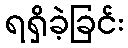
ရရှိခဲ့ခြင်း